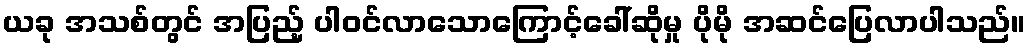
ယခု အသစ်တွင် အပြည့် ပါဝင်လာသောကြောင့်ခေါ်ဆိုမှု ပိုမို အဆင်ပြေလာပါသည်။